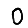
Digit: 0